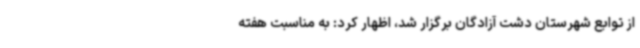
از توابع شهرستان دشت آزادگان برگزار شد، اظهار کرد: به مناسبت هفته